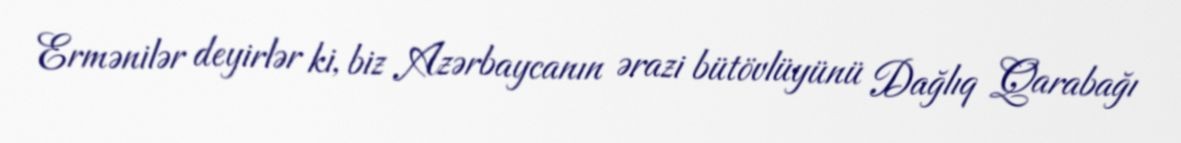
Ermənilər deyirlər ki, biz Azərbaycanın ərazi bütövlüyünü Dağlıq Qarabağı